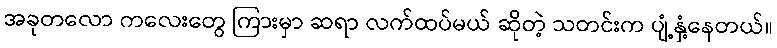
အခုတလော ကလေးတွေ ကြားမှာ ဆရာ လက်ထပ်မယ် ဆိုတဲ့ သတင်းက ပျံ့နှံ့နေတယ်။